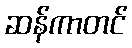
ဆန်ကာတင်